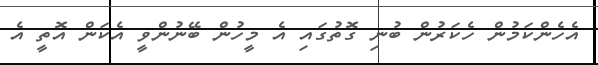
އެހެންކަމުން ހެކަރުން ބުނި ގޮތުގައި އެ މީހުން ބޭނުންވީ އެކަން އޮތީ އެ